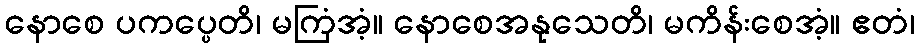
နောစေ ပကပ္ပေတိ၊ မကြံအံ့။ နောစေအနုသေတိ၊ မကိန်းစေအံ့။ ဧတံ၊